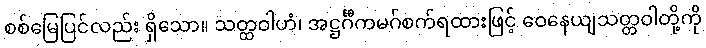
စစ်မြေပြင်လည်း ရှိသော။ သတ္ထဝါဟံ၊ အဋ္ဌင်္ဂီကမဂ်စက်ရထားဖြင့် ဝေနေယျသတ္တဝါတို့ကို